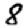
Digit: 8